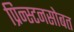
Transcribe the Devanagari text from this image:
प्रिन्स्टनसोबत